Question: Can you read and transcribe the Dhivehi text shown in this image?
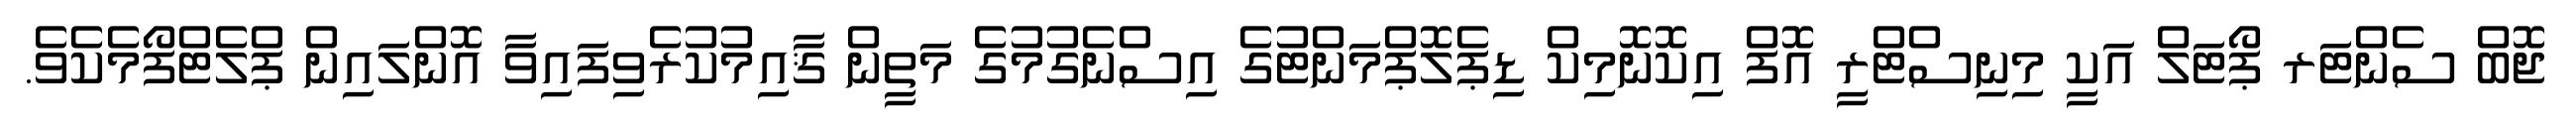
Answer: ޖޮބް ސެންޓަރ ޕޯޓަލް އަކީ މިނިސްޓްރީ އޮފް އިކޮނޮމިކް ޑިޕެލޮޕްމަންޓުގެ އިސްނެގުމުގެ މަތީން ޤާއިމުކުރެވިފައިވާ އޮންލައިން ޕްލެޓްފޯމެކެވެ.